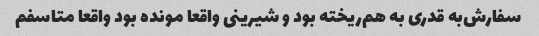
سفارش‌به قدری به هم‌ریخته بود و شیرینی واقعا مونده بود واقعا متاسفم